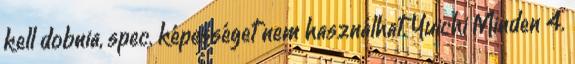
kell dobnia, spec. képességet nem használhat. Yuichi Minden 4.